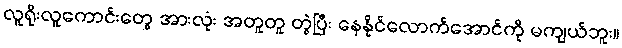
လူရိုးလူကောင်းတွေ အားလုံး အတူတူ တွဲပြီး နေနိုင်လောက်အောင်ကို မကျယ်ဘူး။